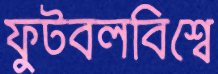
ফুটবলবিশ্বে